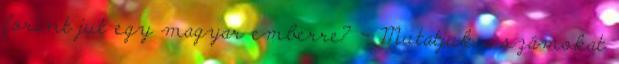
forint jut egy magyar emberre? - Mutatjuk a számokat